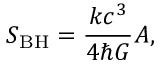
S _ { \mathrm { B H } } = { \frac { k c ^ { 3 } } { 4 \hbar G } } A ,